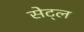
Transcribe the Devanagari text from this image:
सेट्ल